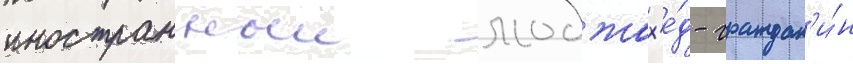
иностранныи моджах'е́д - граждан'и́н